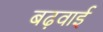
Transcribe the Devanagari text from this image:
बढ़वाई